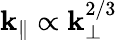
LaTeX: \mathbf{k}_{\parallel}\propto\mathbf{k}_{\perp}^{2/3}